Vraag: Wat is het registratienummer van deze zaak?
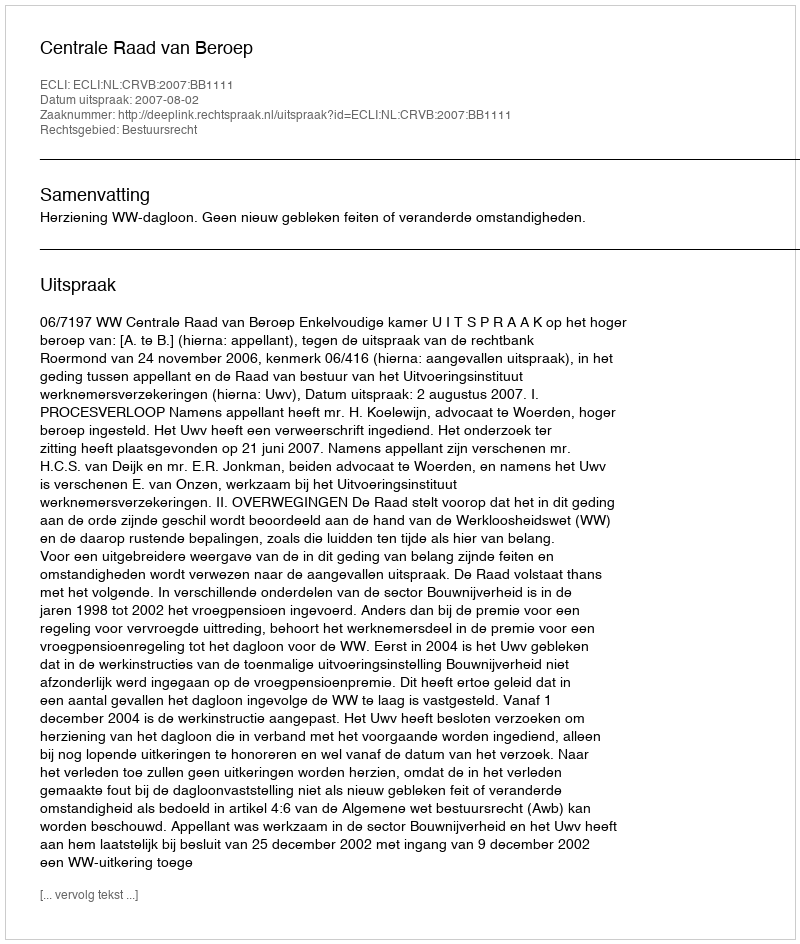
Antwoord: http://deeplink.rechtspraak.nl/uitspraak?id=ECLI:NL:CRVB:2007:BB1111